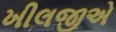
ખીલજીએ